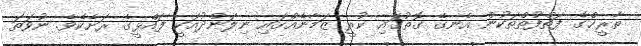
ތާރީޚްގެ ފަތްފުތްތަކުން އެނގޭ ގޮތުގައި ކުރީ ޒަމާނެއްގައި ނިލަންދުއަކީ ފައްޅީގެ ރަށެކެވެ. ނުވަތަ